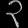
Digit: ၃